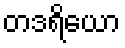
တဒရိယော